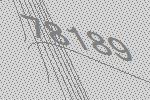
78189